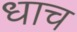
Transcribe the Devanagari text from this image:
धाच